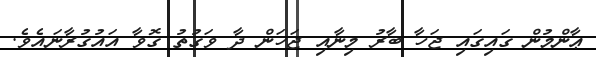
ޢާންމުން ގައިގައި ޖަހާ ބާރު މިނާއި ޖަހަން ދާ ވަގުތު ގޮވާ އައުގުރާނައެވެ.